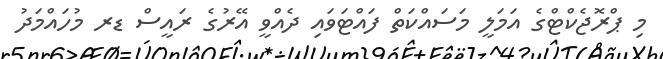
މި ޕްރޮޖެކްޓްގެ އަމަލީ މަސައްކަތް ފައްޓަވައި ދެއްވީ އޭރުގެ ރައީސް ޑރ މުހައްމަދު